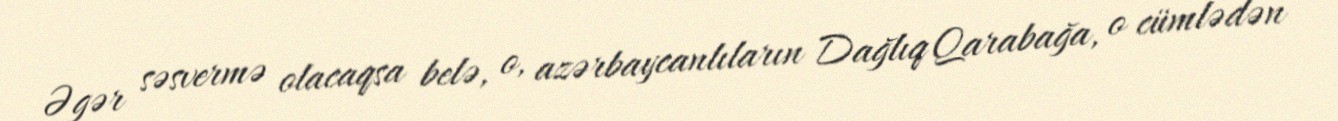
Əgər səsvermə olacaqsa belə, o, azərbaycanlıların Dağlıq Qarabağa, o cümlədən